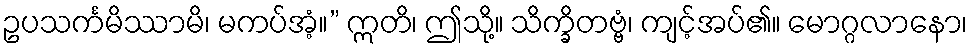
ဥပသင်္ကမိဿာမိ၊ မကပ်အံ့။” ဣတိ၊ ဤသို့။ သိက္ခိတဗ္ဗံ၊ ကျင့်အပ်၏။ မောဂ္ဂလာနော၊